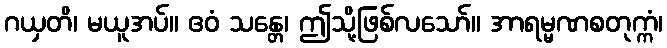
ဂယှတိ၊ မယူအပ်။ ဧဝံ သန္တေ၊ ဤသို့ဖြစ်လသော်။ အာရမ္မဏစတုက္ကံ၊